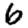
Digit: 6